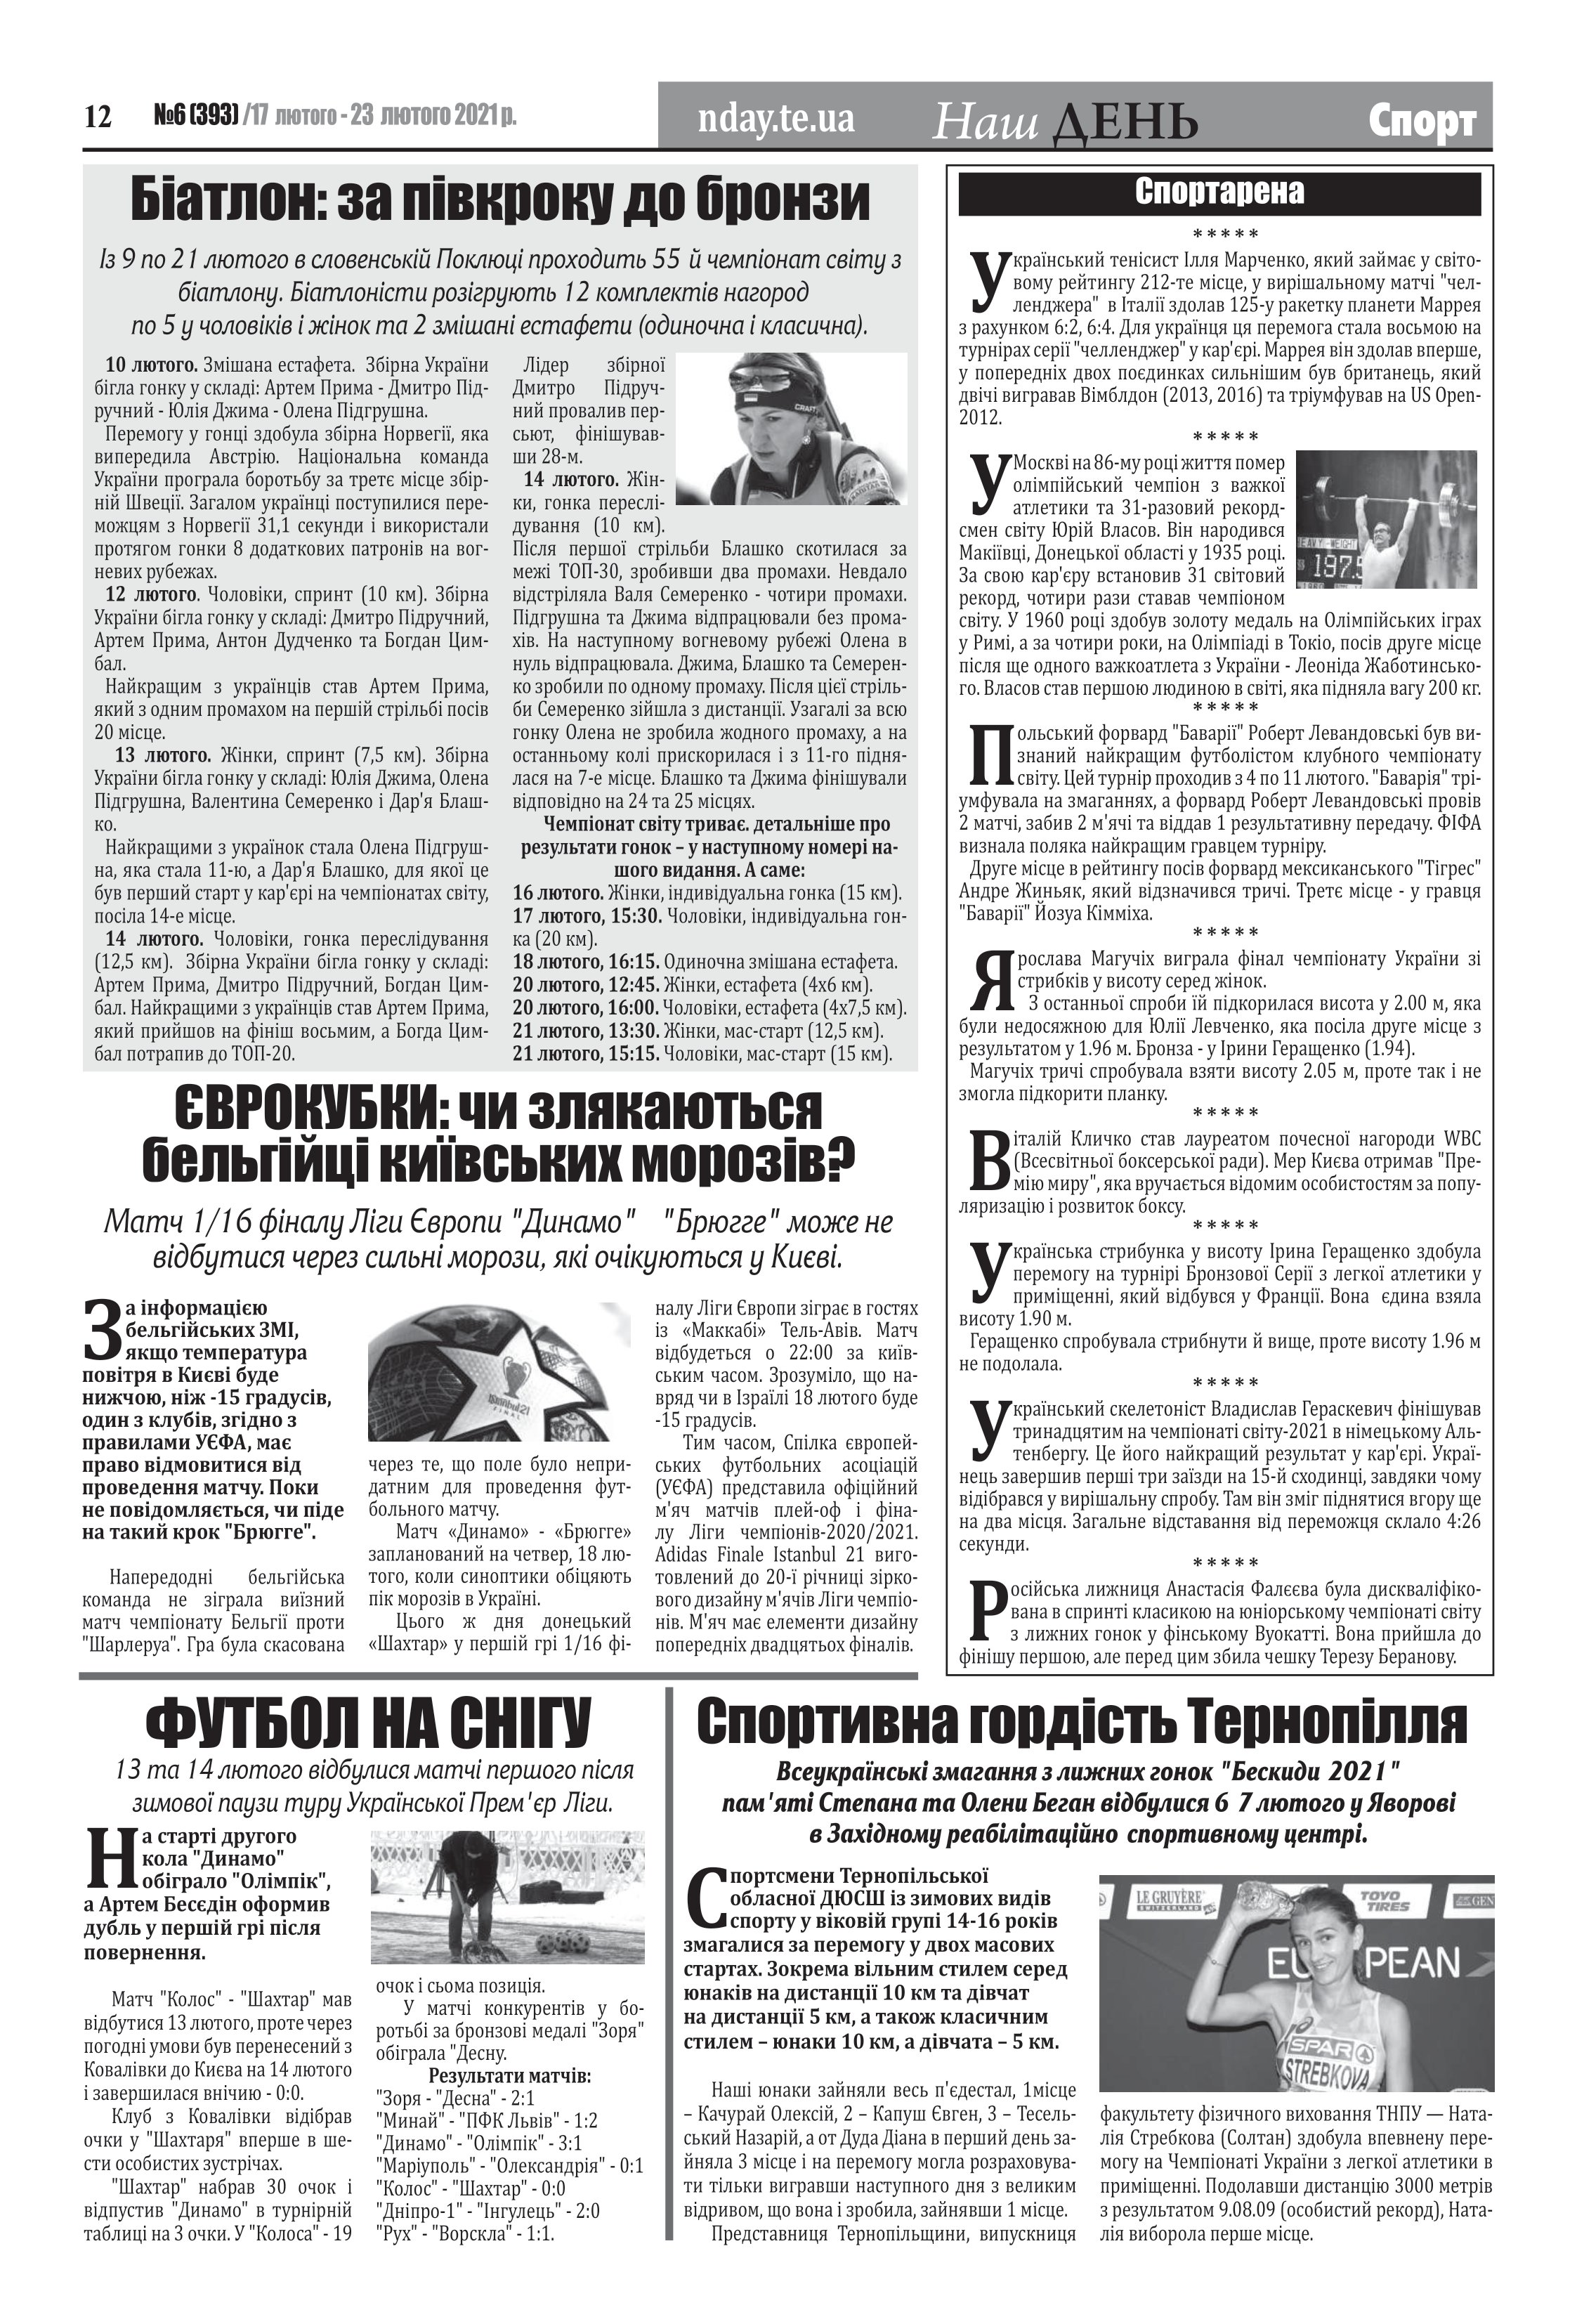
Language: uk